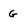
Character: G